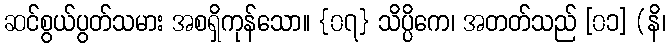
ဆင်စွယ်ပွတ်သမား အစရှိကုန်သော။ {၀၇} သိပ္ပိကေ၊ အတတ်သည် [၀၁] (နိ၊